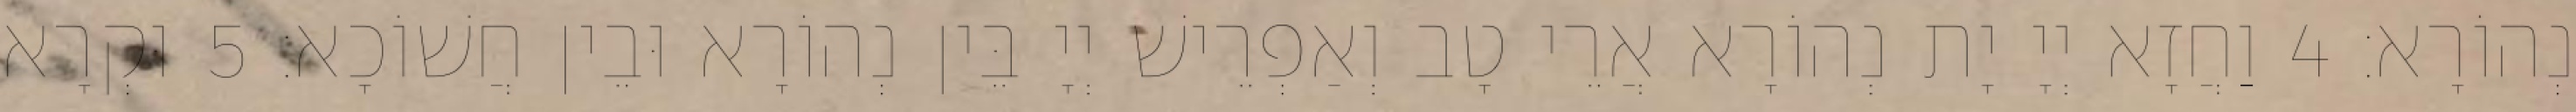
נְהוֹרָא׃ 4 וַחֲזָא יְיָ יָת נְהוֹרָא אֲרֵי טָב וְאַפְרֵישׁ יְיָ בֵּין נְהוֹרָא וּבֵין חֲשׁוֹכָא׃ 5 וּקְרָא